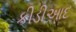
કીડીઆદ